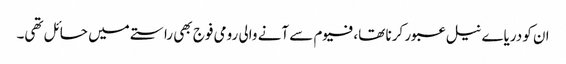
ان کو دریاے نیل عبور کرنا تھا،فیوم سے آنے والی رومی فوج بھی راستے میں حائل تھی۔